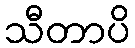
သီတာပိ